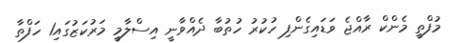
މުފްތީ މެންކް ރާއްޖެ ވަޑައިގެންފި ހުކުރު ހުތުބާ ދެއްވާނީ އިސްލާމީ މަރުކަޒުގައި1 ހަފްތާ